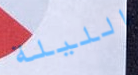
الليلة